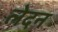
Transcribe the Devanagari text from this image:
लेदन